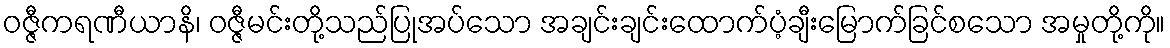
ဝဇ္ဇီကရဏီယာနိ၊ ဝဇ္ဇီမင်းတို့သည်ပြုအပ်သော အချင်းချင်းထောက်ပံ့ချီးမြောက်ခြင်စသော အမှုတို့ကို။